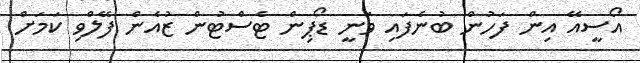
އޯސީއޭ އިން ފަހުން ބުނެފައި ވަނީ ޑޯޕިން ޓެސްޓުން ޒުއެން ފޭލްވި ކަމަށް